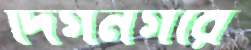
দিগনগরে